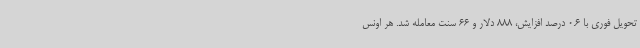
تحویل فوری با 0.6 درصد افزایش، 888 دلار و 66 سنت معامله شد. هر اونس